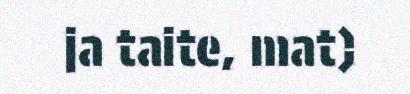
ja taite, mat)